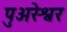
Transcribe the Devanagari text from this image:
पुअरेश्वर